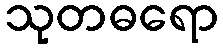
သုတဓရော